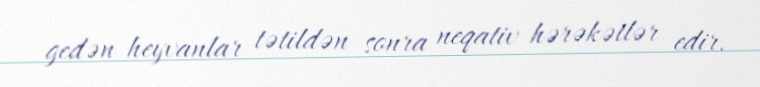
gedən heyvanlar tətildən sonra neqativ hərəkətlər edir.